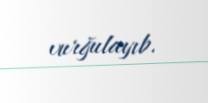
vurğulayıb.